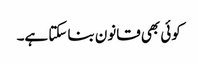
کوئی بھی قانون بنا سکتا ہے۔